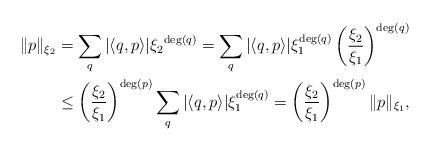
LaTeX: \begin{align*}\|p\|_{\xi_2} &= \sum_q |\langle q,p \rangle| {\xi_2}^{\deg(q)}= \sum_q |\langle q,p \rangle| \xi_1^{\deg(q)} \left( \frac{\xi_2}{\xi_1} \right)^{\deg(q)}\\& \leq \left( \frac{\xi_2}{\xi_1} \right)^{\deg(p)} \sum_q |\langle q,p \rangle| \xi_1^{\deg(q)} = \left( \frac{\xi_2}{\xi_1} \right)^{\deg(p)} \|p\|_{\xi_1},\end{align*}